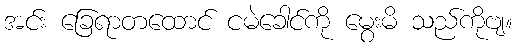
အင်း ခြေရာတထောင် ငမဲခေါင်ကို မွေးမိ သည်ကိုဗျ။